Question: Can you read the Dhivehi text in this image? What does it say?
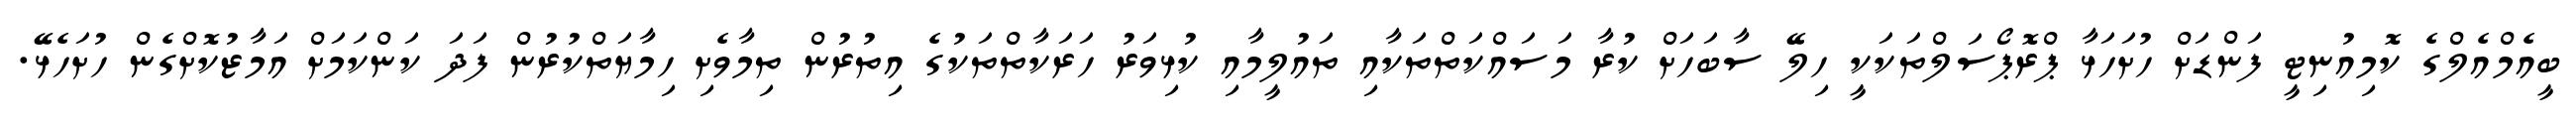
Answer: ބީއެމްއެލްގެ ކޮމިއުނިޓީ ފަންޑަށް ހުށަހަޅާ ޕްރޮޕޯސަލްތަކަކީ ހިލޭ ސާބަހަށް ކުރާ މަސައްކަތްތަކާއި ތައުލީމާއި ކުޅިވަރު ހަރަކާތްތަކުގެ އިތުރުން ތިމާވެށި ހިމާޔަތްކުރުން ފަދަ ކަންކަމަށް އަމާޒުކޮށްގެން ހުށަހެޅޭ.